Report of the Indian Hemp Drugs Commission, 1894-1895 - Volume IV
Year: 1894
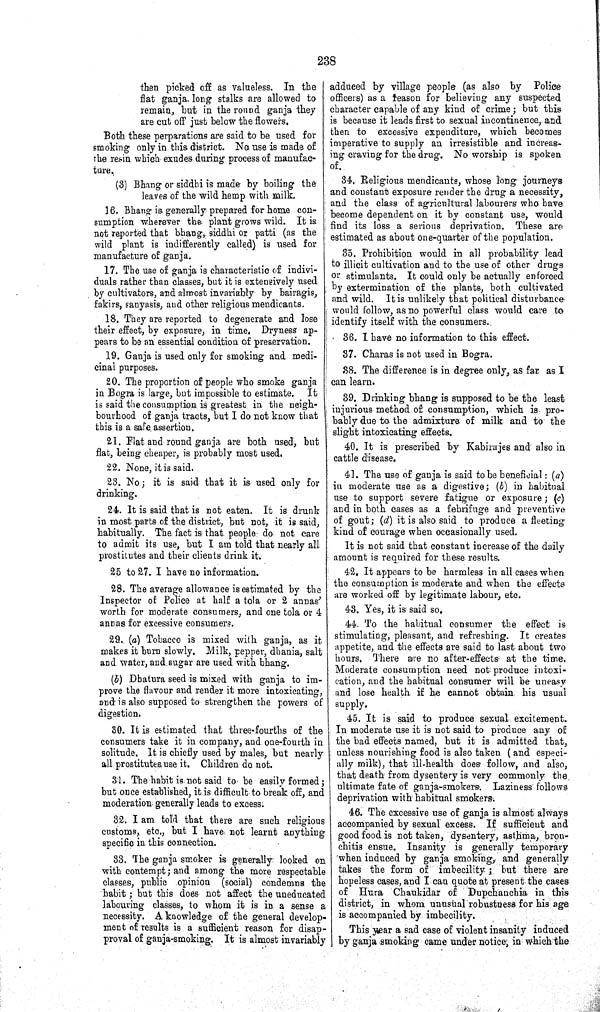
238
then picked off as valueless. In the
flat ganja long stalks are allowed to
remain, but in the round ganja they
are cut off just below the flowers.
Both these perparations are said to be used for
smoking only in this district. No use is made of
the resin which exudes during process of manufac-
ture.
(3) Bhang or siddhi is made by boiling the
leaves of the wild hemp with milk.
16. Bhang is generally prepared for home con-
sumption wherever the plant grows wild. It is
not reported that bhang, siddhi or patti (as the
wild plant is indifferently called) is used for
manufacture of ganja.
17. The use of ganja is characteristic of indivi-
duals rather than classes, but it is extensively used
by cultivators, and almost invariably by bairagis,
fakirs, sanyasis, and other religious mendicants.
18. They are reported to degenerate and lose
their effect, by exposure, in time. Dryness ap-
pears to be an essential condition of preservation.
19. Ganja is used only for smoking and medi-
cinal purposes.
20. The proportion of people who smoke ganja
in Bogra is large, but impossible to estimate.
It
is said the consumption is greatest in the neigh-
bourhood of ganja tracts, but I do not know that
this is a safe assertion.
21. Flat and round ganja are both used, but
flat, being cheaper, is probably most used.
22. None, it is said.
23. No; it is said that it is used only for
drinking.
24. It is said that is not eaten. It is drunk
in most parts of the district, but not, it is said,
habitually. The fact is that people do not care
to admit its use, but I am told that nearly all
prostitutes and their clients drink it.
25 to 27. I have no information.
28. The average allowance is estimated by the
Inspector of Police at half a tola or 2 annas'
worth for moderate consumers, and one tola or 4
annas for excessive consumers.
29. (a) Tobacco is mixed with ganja, as it
makes it burn slowly. Milk, pepper, dhania, salt
and water, and sugar are used with bhang.
(b) Dhatura seed is mixed with ganja to im-
prove the flavour and render it more intoxicating,
and is also supposed to strengthen the powers of
digestion.
30. It is estimated that three-fourths of the
consumers take it in company, and one-fourth in
solitude. It is chiefly used by males, but nearly
all prostitutes use it. Children do not.
31. The habit is not said to be easily formed;
but once established, it is difficult to break off, and
moderation generally leads to excess.
32. I am told that there are such religious
customs, etc., but I have not learnt anything
specific in this connection.
33. The ganja smoker is generally looked on
with contempt; and among the more respectable
classes, public opinion (social) condemns the
habit; but this does not affect the uneducated
labouring classes, to whom it is in. a sense a
necessity. A knowledge of the general develop-
ment of results is a sufficient reason for disap-
proval of ganja-smoking. It is almost invariably
adduced by village people (as also by Police
officers) as a reason for believing any suspected
character capable of any kind of crime; but this
is because it leads first to sexual incontinence, and
then to excessive expenditure, which becomes
imperative to supply an irresistible and increas-
ing craving for the drug. No worship is spoken
of.
34. Religious mendicants, whose long journeys
and constant exposure render the drug a necessity,
and the class of agricultural labourers who have
become dependent on it by constant use, would
find its loss a serious deprivation. These are
estimated as about one-quarter of the population.
35. Prohibition would in all probability lead
to illicit cultivation and to the use of other drugs
or stimulants. It could only be actually enforced
by extermination of the plants, both cultivated
and wild. It is unlikely that political disturbance
would follow, as no powerful class would care to
identify itself with the consumers.
36. I have no information to this effect.
37. Charas is not used in Bogra.
38. The difference is in degree only, as far as I
can learn.
39. Drinking bhang is supposed to be the least
injurious method of consumption, which is pro-
bably due to the admixture of milk and to the
slight intoxicating effects.
40. It is prescribed by Kabirajes and also in
cattle disease.
41. The use of ganja is said to be beneficial: (a)
in moderate use as a digestive; (b) in habitual
use to support severe fatigue or exposure; (c)
and in both cases as a febrifuge and preventive
of gout; (d) it is also said to produce a fleeting
kind of courage when occasionally used.
It is not said that constant increase of the daily
amount is required for these results.
42. It appears to be harmless in all cases when
the consumption is moderate and when the effects
are worked off by legitimate labour, etc.
43. Yes, it is said so.
44. To the habitual consumer the effect is
stimulating, pleasant, and refreshing. It creates
appetite, and the effects are said to last about two
hours. There are no after-effects at the time.
Moderate consumption need not produce intoxi-
cation, and the habitual consumer will be uneasy
and lose health if he cannot obtain his usual
supply.
45. It is said to produce sexual excitement.
In moderate use it is not said to produce any of
the bad effects named, but it is admitted that,
unless nourishing food is also taken (and especi-
ally milk), that ill-health does follow, and also,
that death from dysentery is very commonly the
ultimate fate of ganja-smokers. Laziness follows
deprivation with habitual smokers.
46. The excessive use of ganja is almost always
accompanied by sexual excess. If sufficient and
good food is not taken, dysentery, asthma, bron-
chitis ensue. Insanity is generally temporary
when induced by ganja smoking, and generally
takes the form of imbecility; but there are
hopeless cases, and I can quote at present the cases
of Hura Chaukidar of Dupchanchia in this
district, in whom unusual robustness for his age
is accompanied by imbecility.
This year a sad case of violent insanity induced
by ganja smoking came under notice, in which the